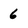
Character: 6